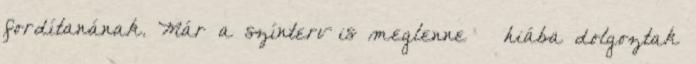
fordítanának. Már a színterv is meglenne – hiába dolgoztak